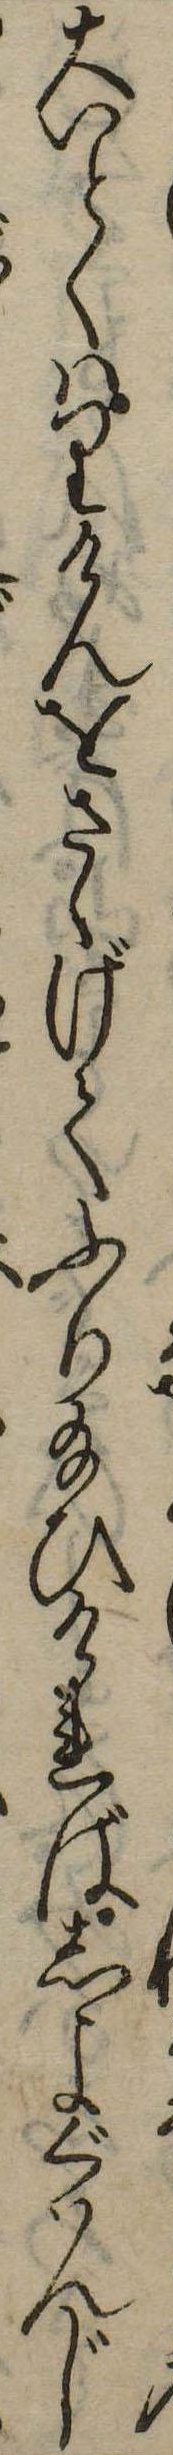
大いとくはりけんをさゝげてふり給ひければしよぐはんじ